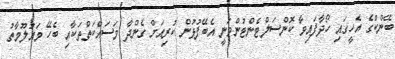
ބޭންކްގެ އެހީގައި ހޯދާފައިވާ ކޮންސަލްޓެންޓުންވަނީ އެބޭފުޅުން ކުރިއަށް ގެންދާ މަސައްކަތްތަކާއި ބެހޭ މައުލޫމާތު